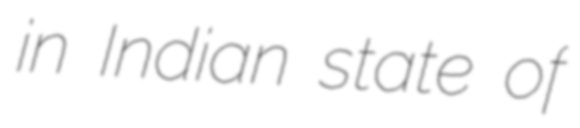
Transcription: in Indian state of